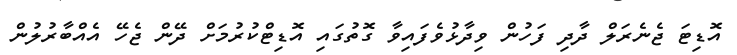
އޮޑިޓަ ޖެނެރަލް ދާދި ފަހުން ވިދާޅުވެފައިވާ ގޮތުގައި އޮޑިޓްކުރުމަށް ދޭން ޖެހޭ އެއްބާރުލުން